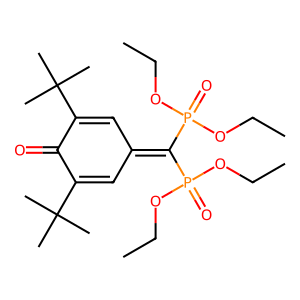
SMILES: CCOP(=O)(OCC)C(=C1C=C(C(C)(C)C)C(=O)C(C(C)(C)C)=C1)P(=O)(OCC)OCC
Inhibits HIV replication: No